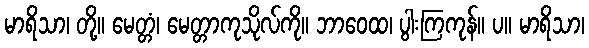
မာရိသာ၊ တို့။ မေတ္တံ၊ မေတ္တာကုသိုလ်ကို။ ဘာဝေထ၊ ပွါးကြကုန်။ ပ။ မာရိသာ၊